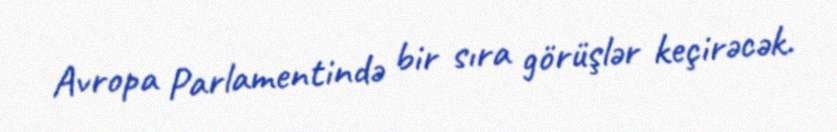
Avropa Parlamentində bir sıra görüşlər keçirəcək.